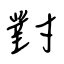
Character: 對